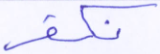
نكفر